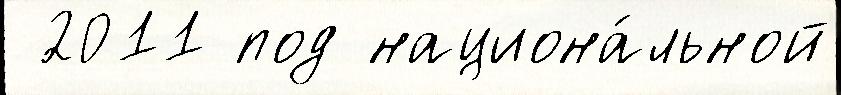
 2011 под национа́льной